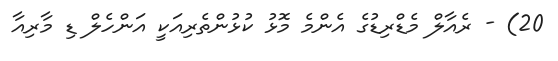
20) - ރެއާލް މެޑްރިޑުގެ އެންމެ މޮޅު ކުޅުންތެރިއަކީ އަންހެލް ޑި މާރިއާ